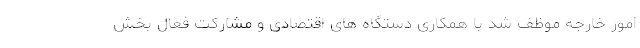
امور خارجه موظف شد با همکاری دستگاه های اقتصادی و مشارکت فعال بخش